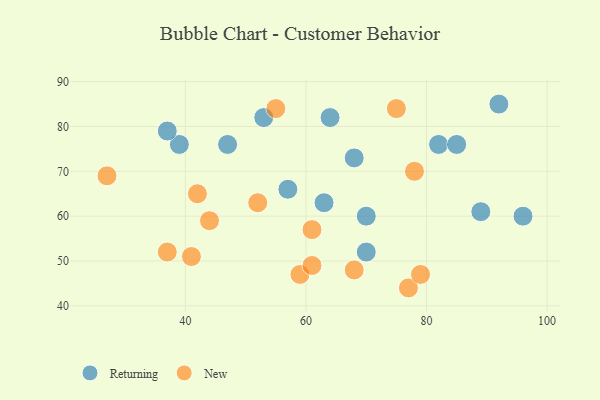
{"axis": {"x": "GDP", "y": "Life Expectancy"}, "legend": ["New", "Returning"], "data": [{"x": "92", "y": 85, "type": "Returning"}, {"x": "82", "y": 76, "type": "Returning"}, {"x": "47", "y": 76, "type": "Returning"}, {"x": "39", "y": 76, "type": "Returning"}, {"x": "96", "y": 60, "type": "Returning"}, {"x": "70", "y": 60, "type": "Returning"}, {"x": "53", "y": 82, "type": "Returning"}, {"x": "57", "y": 66, "type": "Returning"}, {"x": "89", "y": 61, "type": "Returning"}, {"x": "63", "y": 63, "type": "Returning"}, {"x": "85", "y": 76, "type": "Returning"}, {"x": "37", "y": 79, "type": "Returning"}, {"x": "68", "y": 73, "type": "Returning"}, {"x": "70", "y": 52, "type": "Returning"}, {"x": "64", "y": 82, "type": "Returning"}, {"x": "77", "y": 44, "type": "New"}, {"x": "78", "y": 70, "type": "New"}, {"x": "41", "y": 51, "type": "New"}, {"x": "59", "y": 47, "type": "New"}, {"x": "75", "y": 84, "type": "New"}, {"x": "79", "y": 47, "type": "New"}, {"x": "44", "y": 59, "type": "New"}, {"x": "37", "y": 52, "type": "New"}, {"x": "42", "y": 65, "type": "New"}, {"x": "61", "y": 57, "type": "New"}, {"x": "55", "y": 84, "type": "New"}, {"x": "61", "y": 49, "type": "New"}, {"x": "52", "y": 63, "type": "New"}, {"x": "68", "y": 48, "type": "New"}, {"x": "27", "y": 69, "type": "New"}]}